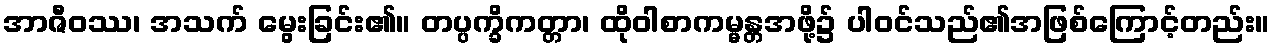
အာဇီဝဿ၊ အသက် မွေးခြင်း၏။ တပ္ပက္ခိကတ္တာ၊ ထိုဝါစာကမ္မန္တအဖို့၌ ပါဝင်သည်၏အဖြစ်ကြောင့်တည်း။